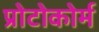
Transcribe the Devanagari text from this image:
प्रोटोकोर्म